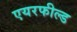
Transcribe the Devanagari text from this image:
एयरफील्‍ड